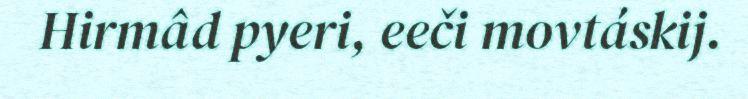
Hirmâd pyeri, eeči movtáskij.